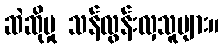
ဆဲဆိုမှု သန်လွန်းလှသူများ။